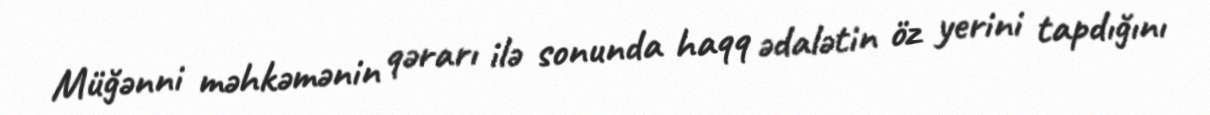
Müğənni məhkəmənin qərarı ilə sonunda haqq ədalətin öz yerini tapdığını